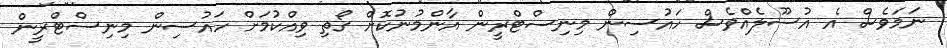
ނަމަވެސް އެ އުސޫލެއްވެސް ހައުސިން މިނިސްޓްރީން އާންމުނުކޮށް ގޯތި ވިއްކުމަށް ހައުސިން މިނިސްޓްރީން